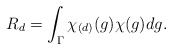
\begin{align*}R_d = \int_{\Gamma} \chi_{(d)}(g) \chi(g) dg.\end{align*}